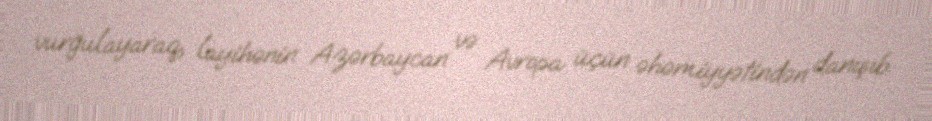
vurğulayaraq, layihənin Azərbaycan və Avropa üçün əhəmiyyətindən danışıb.